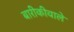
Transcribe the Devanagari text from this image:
बारीकीवाले